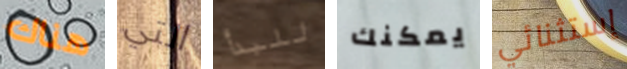
هناك التي للبدأ يمكنك إستثنائي